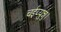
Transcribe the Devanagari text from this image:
चईय्युन्नु।